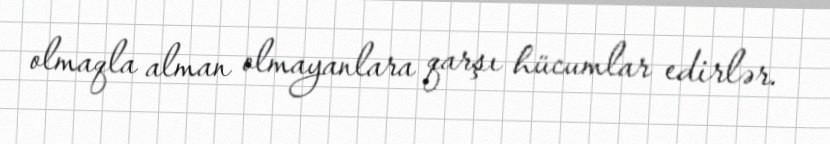
olmaqla alman olmayanlara qarşı hücumlar edirlər.